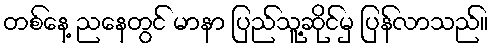
တစ်နေ့ ညနေတွင် မာနာ ပြည်သူ့ဆိုင်မှ ပြန်လာသည်။